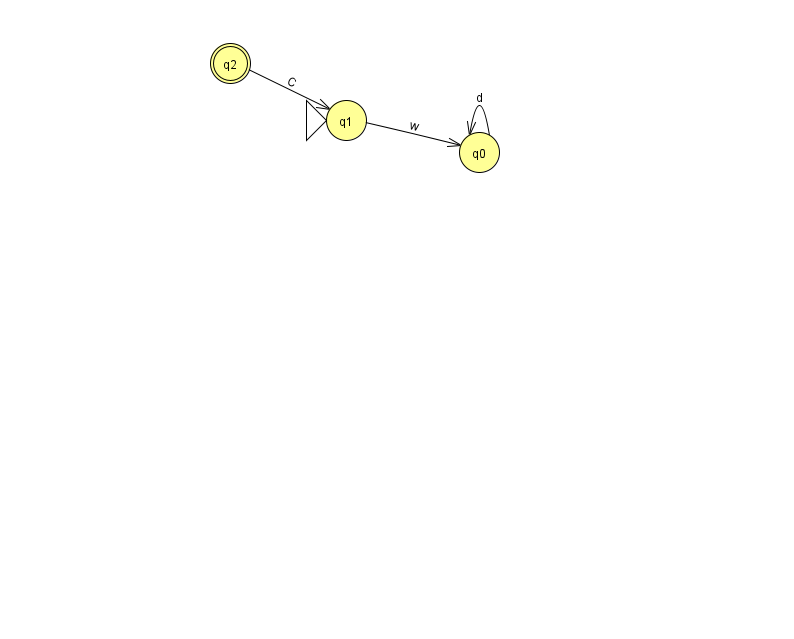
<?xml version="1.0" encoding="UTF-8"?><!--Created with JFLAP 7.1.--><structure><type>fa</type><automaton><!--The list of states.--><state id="0" name="q0"><x>479.0</x><y>139.0</y></state><state id="1" name="q1"><x>346.0</x><y>107.0</y><initial/></state><state id="2" name="q2"><x>230.0</x><y>50.0</y><final/></state><!--The list of transitions.--><transition><from>1</from><to>0</to><read>w</read></transition><transition><from>0</from><to>0</to><read>d</read></transition><transition><from>2</from><to>1</to><read>C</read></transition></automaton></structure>